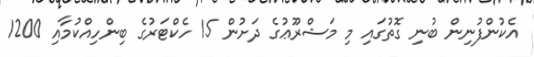
އެކުންފުނިން ބުނި ގޮތުގައި މި މަޝްރޫޢުގެ ދަށުން 15 ހެކްޓަރުގެ ބިންހިއްކުމާއި 1200